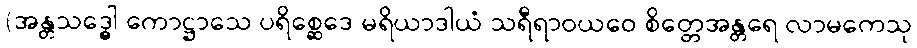
(အန္တသဒ္ဓေါ ကောဋ္ဌာသေ ပရိစ္ဆေဒေ မရိယာဒါယံ သရီရာဝယဝေ စိတ္တေအန္တရေ လာမကေသု